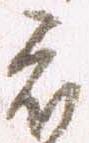
被